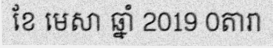
ខែ មេសា ឆ្នាំ 2019 0តារា